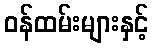
ဝန်ထမ်းများနှင့်